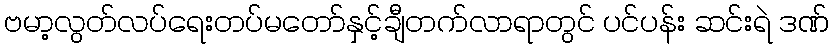
ဗမာ့လွတ်လပ်ရေးတပ်မတော်နှင့်ချီတက်လာရာတွင် ပင်ပန်း ဆင်းရဲ ဒဏ်